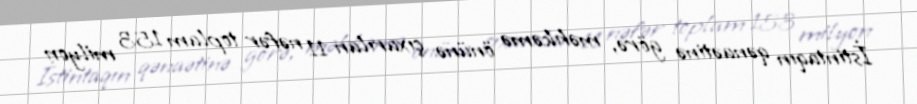
İstintaqın qənaətinə görə, məhkəmə önünə çıxarılan 11 nəfər toplam 153 milyon